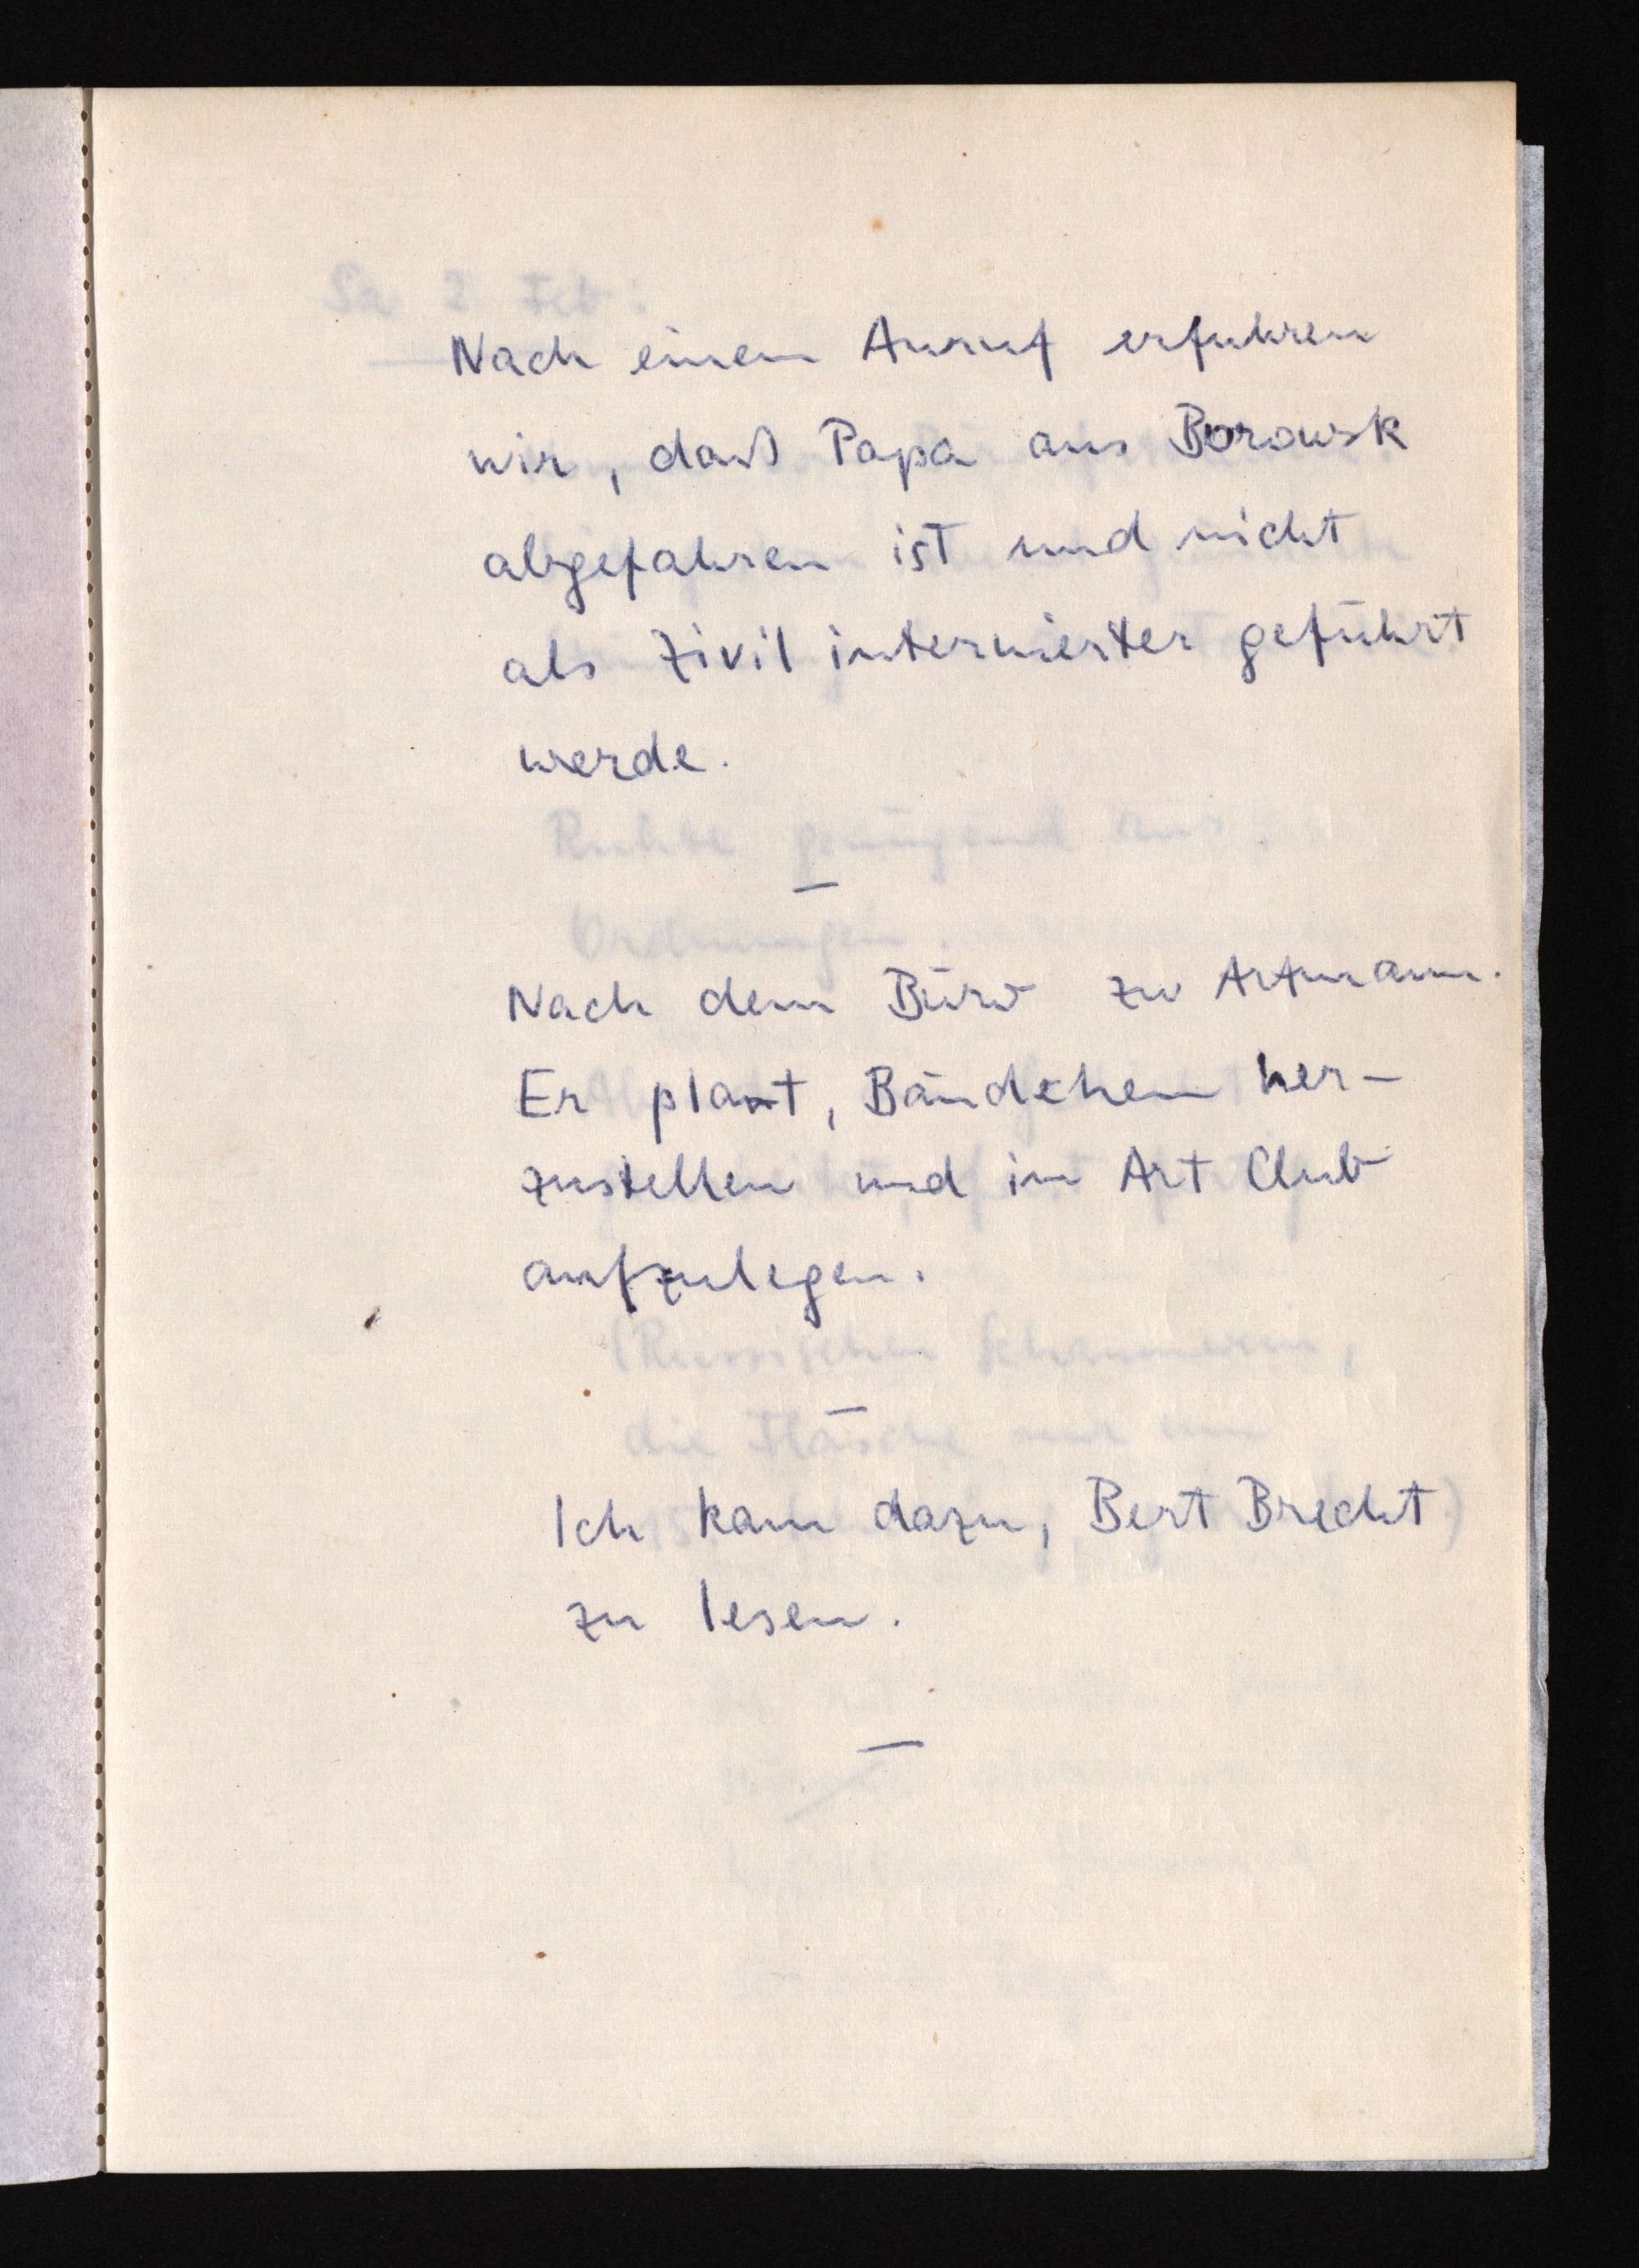
Nach einem Anruf erfuhren
wir, daß Papa aus Borowsk
abgefahren ist und nicht
als Zivilinternierter geführt
werde.
Nach dem Büro zu Artmann.
Er plant, Bändechen her¬
zustellen und im Art Club
aufzulegen.
Ich kam dazu, Bert Brecht
zu lesen.